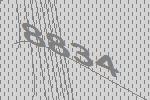
8834